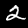
Digit: 2